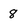
Character: 8